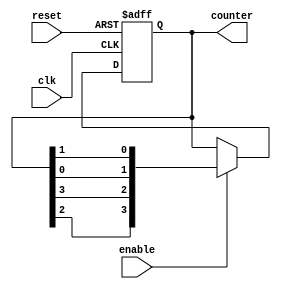
module Johnson_Counter_with_Enable (
  input clk,
  input reset,
  input enable,
  output reg [3:0] counter
);

reg [3:0] next_counter;

always @(posedge clk or posedge reset) begin
  if (reset) begin
    counter <= 4'b0000;
  end else if (enable) begin
    counter <= next_counter;
  end
end

always @* begin
  next_counter = {counter[2], counter[3], counter[0], counter[1]};
end

endmodule